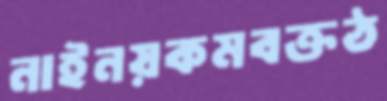
নাইনয়কমবক্তঠ